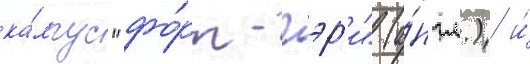
ка́мпус "фо́рт-гэр'и" (а́нгл.) и́